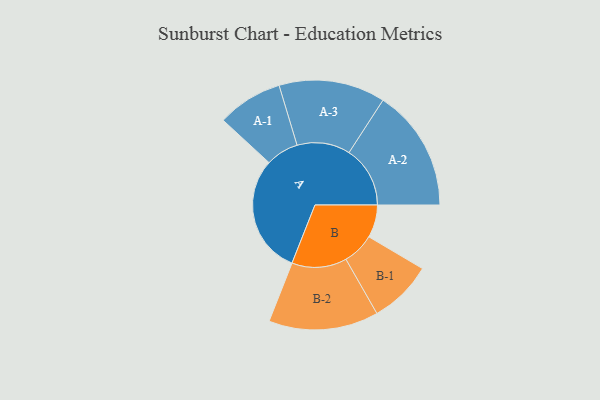
{"axis": {"x": "Segment", "y": "Value"}, "legend": ["", "A", "B"], "data": [{"x": "A", "y": 483, "type": ""}, {"x": "B", "y": 133, "type": ""}, {"x": "A-1", "y": 133, "type": "A"}, {"x": "A-2", "y": 248, "type": "A"}, {"x": "A-3", "y": 216, "type": "A"}, {"x": "B-1", "y": 129, "type": "B"}, {"x": "B-2", "y": 223, "type": "B"}]}